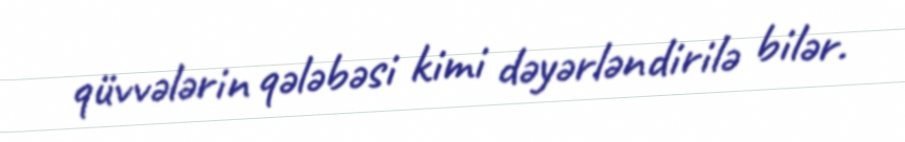
qüvvələrin qələbəsi kimi dəyərləndirilə bilər.